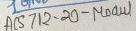
Text: ACS712-20-Moaul